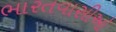
ભારતવાસીઓ